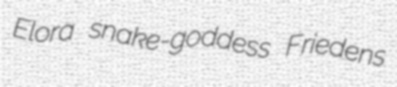
Elora snake-goddess Friedens